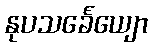
နုပသင်္ခေယျော